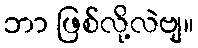
ဘာ ဖြစ်လို့လဲဗျ။